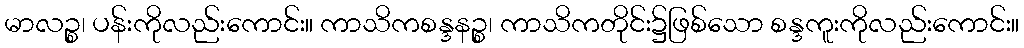
မာလဉ္စ၊ ပန်းကိုလည်းကောင်း။ ကာသိကစန္ဒနဉ္စ၊ ကာသိကတိုင်း၌ဖြစ်သော စန္ဒကူးကိုလည်းကောင်း။